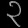
Digit: ၃